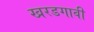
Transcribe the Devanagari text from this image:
खरडगावी